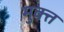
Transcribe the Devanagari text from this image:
मुक्त्त